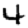
Digit: 4